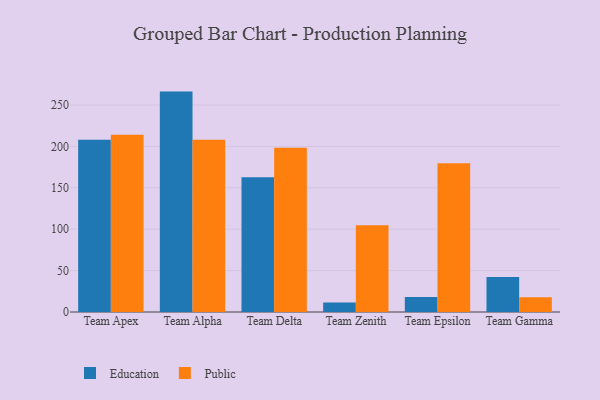
{"axis": {"x": "Team", "y": "Backlog"}, "legend": ["Education", "Public"], "data": [{"x": "Team Apex", "y": 207.9, "type": "Education"}, {"x": "Team Apex", "y": 214.2, "type": "Public"}, {"x": "Team Alpha", "y": 266.2, "type": "Education"}, {"x": "Team Alpha", "y": 207.9, "type": "Public"}, {"x": "Team Delta", "y": 162.9, "type": "Education"}, {"x": "Team Delta", "y": 198.5, "type": "Public"}, {"x": "Team Zenith", "y": 11.5, "type": "Education"}, {"x": "Team Zenith", "y": 104.9, "type": "Public"}, {"x": "Team Epsilon", "y": 18.1, "type": "Education"}, {"x": "Team Epsilon", "y": 179.8, "type": "Public"}, {"x": "Team Gamma", "y": 42.2, "type": "Education"}, {"x": "Team Gamma", "y": 17.8, "type": "Public"}]}